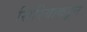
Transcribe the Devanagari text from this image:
सिरियाकडून